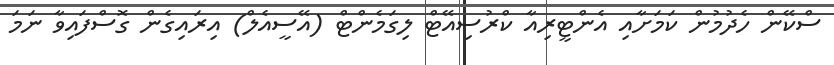
ސްކޭން ހެދުމުން ކަމަށާއި އެންޓީރިއާ ކްރުސިއޭޓް ލިގަމެންޓް (އޭސީއެލް) އިރައިގެން ގޮސްފައިވާ ނަމަ